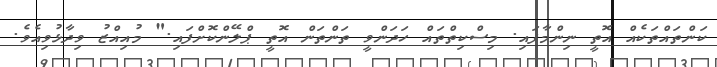
ކަންތައްތަކެއް އޮތީ ނިންމާފައި. މިސްކިތްތައް ހަދަންވީ ތަންތަން އޮތީ ޕްލޭންކޮށްފައި." މުއިއްޒު ވިދާޅުވިއެވެ.